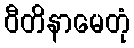
ဝီတိနာမေတုံ